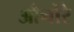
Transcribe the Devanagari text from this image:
औनोरे